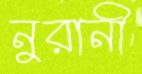
নুরানী